Civil Veterinary Dept. Bombay admin report 1923-31 - 1923-1931
Year: 1923
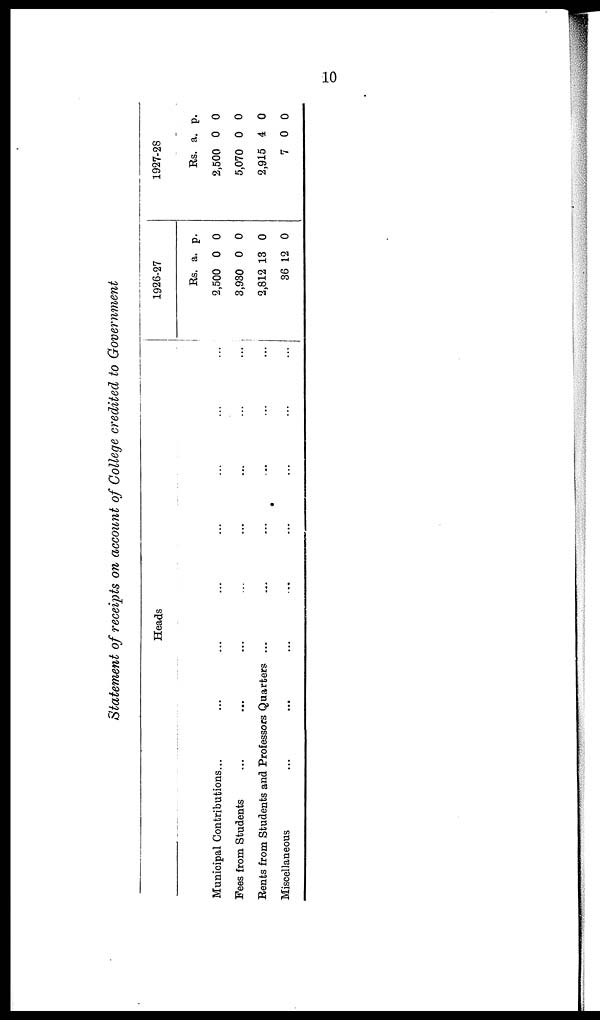
10
Statement of receipts on account of College credited to Government
Heads
Municipal Contributions ... ... ... ... ... ... ... ...
Fees from Students ... ... ... ... ... ... ... ...
Rents from Students and Professors Quarters... ... ... ... ... ...
Miscellaneous ... ... ... ... ... ... ... ...
1926-27
Rs.
2,500
3,930
2,812
36
a.
0
0
13
12
p.
0
0
0
0
1927-28
Rs.
2,500
5,070
2,915
7
a.
0
0
4
0
p.
0
0
0
0